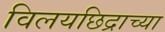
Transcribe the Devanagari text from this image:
विलयछिद्राच्या